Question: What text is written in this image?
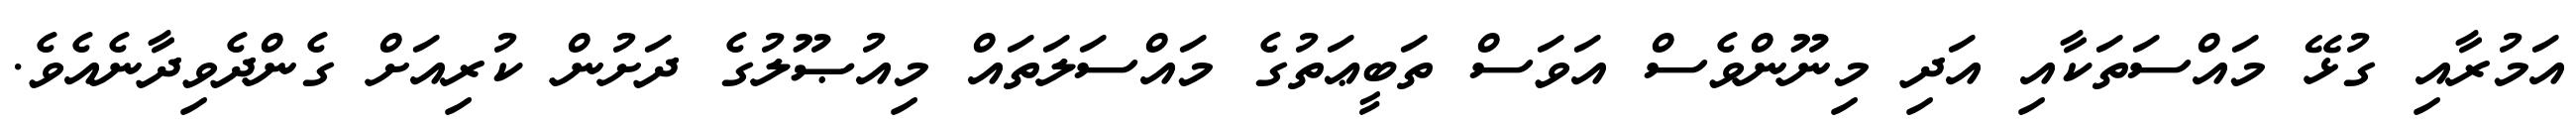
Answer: އަމުރާއި ގުޅޭ މައްސަތަކާއި އަދި މިނޫންވެސް އަވަސް ތަބީޢަތުގެ މައްސަލަތައް މިއުޞޫލުގެ ދަށުން ކުރިއަށް ގެންދެވިދާނެއެވެ.